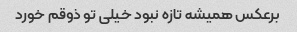
برعکس همیشه تازه نبود خیلی تو ذوقم خورد